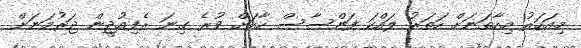
މިއަހަރު މިހާތަނަށް ހަތަރު ލައްކަ ފަންސާސް ހާހަށް ވުރެ ގިނަ ރެފިއުޖީން ޖަރުމަނަށް